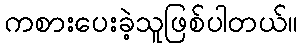
ကစားပေးခဲ့သူဖြစ်ပါတယ်။